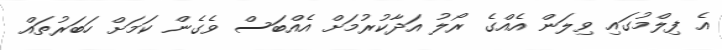
އެ ފިލްމުގައި ވިލަން އެއްގެ ރޯލު އަދާކުރުމަށް އެއްބަސް ވެގެން ކަމަށް ހަބަރުތައް